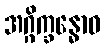
အဂ္ဂိက္ခန္ဓောဝ